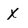
Character: x